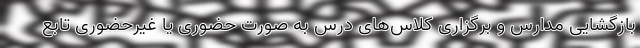
بازگشایی مدارس و برگزاری کلاس‌های درس به صورت حضوری یا غیرحضوری تابع